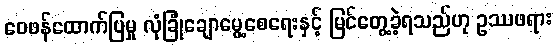
ဝေဖန်ထောက်ပြမှု လုံခြုံချောမွေ့စေရေးနှင့် မြင်တွေ့ခဲ့ရသည်ဟု ဥဿဖရား